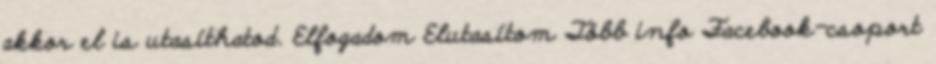
akkor el is utasíthatod. Elfogadom Elutasítom Több info Facebook-csoport